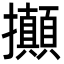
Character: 攧